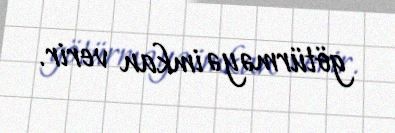
götürməyə imkan verir.